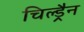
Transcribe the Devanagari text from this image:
चिल्ड्रैन